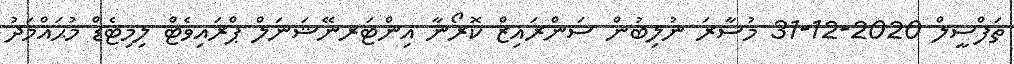
ތަފްސީލް 2020-12-31 މުސާރަ ނުލިބުން ސަންރައިޒް ކޮރޯނާ އިންޓަރނޭޝަނަލް ޕްރައިވެޓް ލިމިޓެޑް މުޙައްމަދު